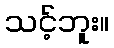
သင့်ဘူး။